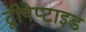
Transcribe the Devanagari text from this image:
द्वीपेप्टाइड